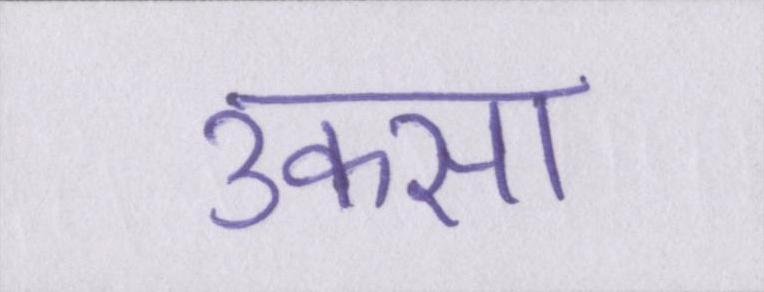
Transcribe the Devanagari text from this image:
उकसा